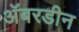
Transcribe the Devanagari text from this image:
अॅबरडीन